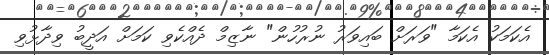
އެކަމަކު އެކަމާ "ވަރަށް ބައިވަރު ނުރުހުން" ނާޒިމް ދެއްކެވި ކަމަށް އަދީބު ވިދާޅުވި